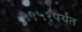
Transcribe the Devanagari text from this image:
१९५१पर्यंत